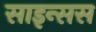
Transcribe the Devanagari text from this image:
साइन्सस